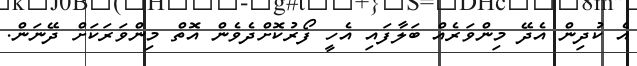
އެ ކުދިން އެދޭ މިންވަރެއް ބަލާފައި އެހީ ފޯރުކޮށްދެވެން އޮތް މިންވަރަކަށް ދޭނަން.